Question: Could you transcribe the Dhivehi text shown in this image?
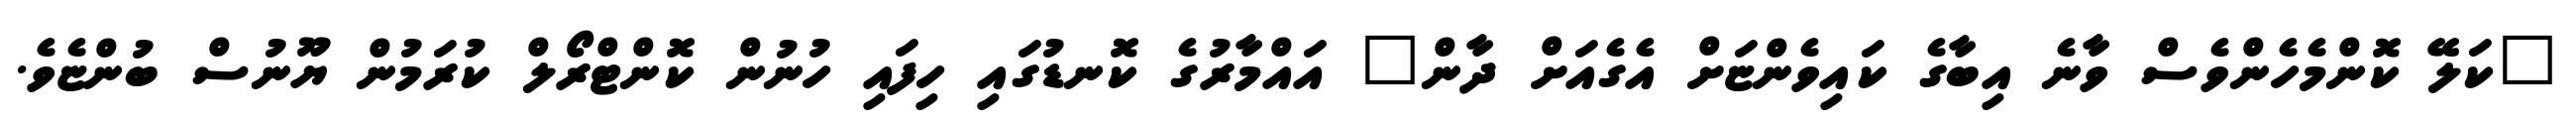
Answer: "ކަލޭ ކޮންމެހެންވެސް ވާނެ އިބާގެ ކައިވެންޏަށް އެގެއަށް ދާން" އައްމާރުގެ ކޮނޑުގައި ހިފައި ހުނުން ކޮންޓްރޯލް ކުރަމުން ޔޫނުސް ބުންޏެވެ.